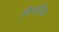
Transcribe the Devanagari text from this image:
निजजिय